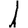
Digit: 1